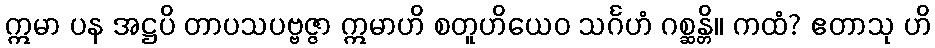
ဣမာ ပန အဋ္ဌပိ တာပသပဗ္ဗဇ္ဇာ ဣမာဟိ စတူဟိယေဝ သင်္ဂဟံ ဂစ္ဆန္တိ။ ကထံ? ဧတာသု ဟိ